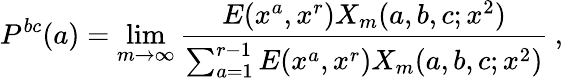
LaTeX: P^{bc}(a)=\operatorname*{lim}_{m\to\infty}\frac{E(x^{a},x^{r})X_{m}(a,b,c;x^{2})}{\sum_{a=1}^{r-1}E(x^{a},x^{r})X_{m}(a,b,c;x^{2})}\: ,